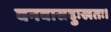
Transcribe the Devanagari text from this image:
वनवासदुःखतः।